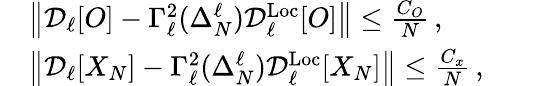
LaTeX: \begin{array}{rl}&{\left\| \mathcal{D}_{\ell}[O]-\Gamma_{\ell}^{2}(\Delta_{N}^{\ell})\mathcal{D}_{\ell}^{\mathrm{Loc}}[O]\right\| \le\frac{C_{O}}{N}\, ,}\\ &{\left\| \mathcal{D}_{\ell}[X_{N}]-\Gamma_{\ell}^{2}(\Delta_{N}^{\ell})\mathcal{D}_{\ell}^{\mathrm{Loc}}[X_{N}]\right\| \le\frac{C_{x}}{N}\, ,\qquad}\end{array}